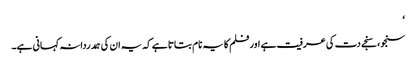
‘
سنجو، سنجے دت کی عرفیت ہے اور فلم کا یہ نام بتاتا ہے کہ یہ ان کی ہمدردانہ کہانی ہے۔